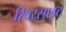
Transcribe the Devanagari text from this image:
रिवरसाइट